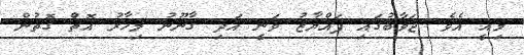
މިއީ އެވެ. ޖަވާބުގައި ފައްޔާޒު ވަނީ އަދި ގާނޫނު މިހާރު އޮތް ގޮތުން